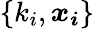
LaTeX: \{ k_{i},\boldsymbol{x_{i}}\}